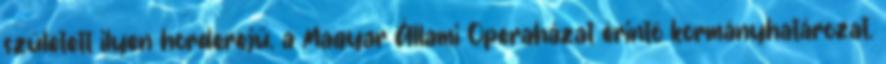
született ilyen horderejű, a Magyar Állami Operaházat érintő kormányhatározat.